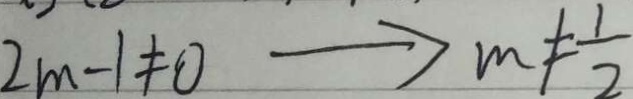
2 m - 1 \neq 0 \rightarrow m \neq \frac { 1 } { 2 }